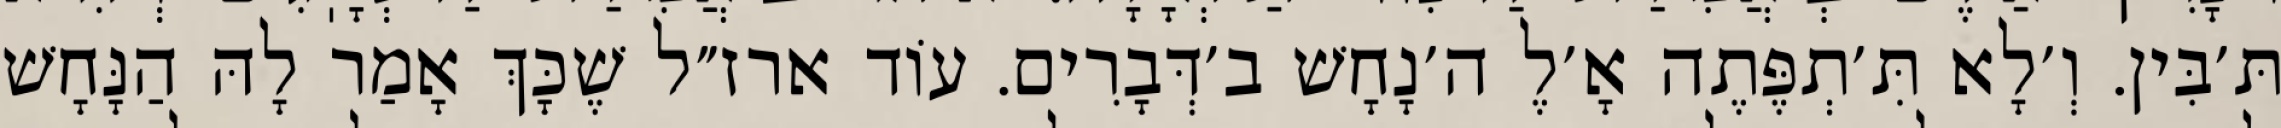
תּ׳בִּין. וְ׳לָא תִּ׳תְפֶּתֶה אָ׳לֶ ה׳נָחָשׁ ב׳דְּבָרִים. עוֹד ארז״ל שֶׁכָּךְ אָמַר לָהּ הַנָּחָשׁ